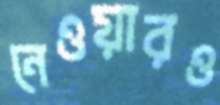
নেওয়ারও